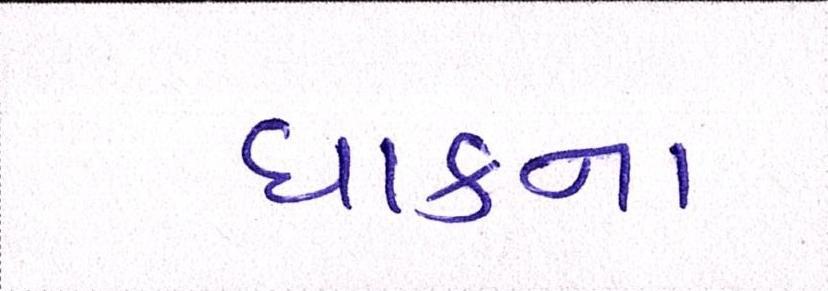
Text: ધાકના